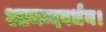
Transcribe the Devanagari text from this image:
आनन्दवर्धन।